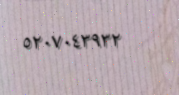
٥٢٠٧٠٤٣٩٣٢